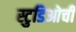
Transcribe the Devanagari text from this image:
स्टुडिओची